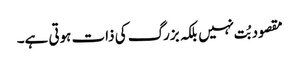
مقصود بُت نہیں بلکہ بزرگ کی ذات ہوتی ہے۔